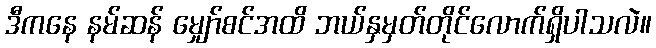
ဒီကနေ နမ်ဆန် မျှော်စင်အထိ ဘယ်နှမှတ်တိုင်လောက်ရှိပါသလဲ။